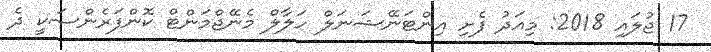
17 ޖުލައި 2018: މިއަދު ފެށި އިންޓަނޭޝަނަލް ހަލާލް މެނޭޖްމަންޓް ކޮންފަރެންސަކީ ދެ